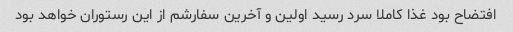
افتضاح بود غذا کاملا سرد رسید اولین و آخرین سفارشم از این رستوران خواهد بود